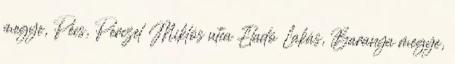
megye, Pécs, Perczel Miklós utca Eladó Lakás, Baranya megye,